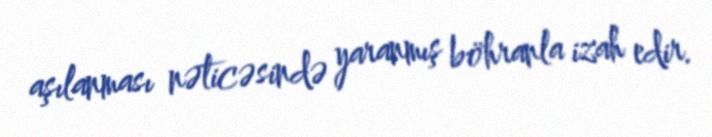
aşılanması nəticəsində yaranmış böhranla izah edir.